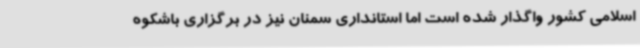
اسلامی کشور واگذار شده است اما استانداری سمنان نیز در برگزاری باشکوه